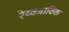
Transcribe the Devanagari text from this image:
रेय्क्जाविक